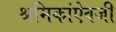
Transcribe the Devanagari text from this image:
श्रमिकांऐवजी